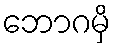
ဘောဂမှိ